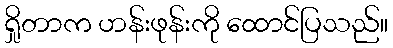
ရှိုတာက ဟန်းဖုန်းကို ထောင်ပြသည်။